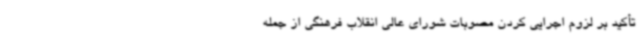
تأکید بر لزوم اجرایی کردن مصوبات شورای عالی انقلاب فرهنگی از جمله